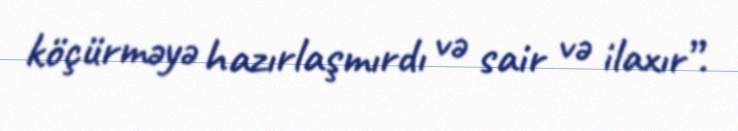
köçürməyə hazırlaşmırdı və sair və ilaxır”.